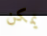
يمكن